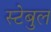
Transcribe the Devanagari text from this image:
स्टेबुल